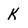
Character: k